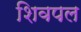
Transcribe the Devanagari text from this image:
शिवपल